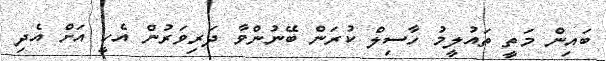
ބައިން މަތީ ތައުލީމު ހާސިލް ކުރަން ބޭނުންވާ ދަރިވަރުން އެހީ އަށް އެދި